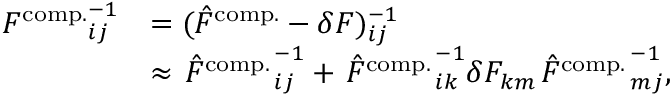
\begin{array} { r l } { { F ^ { \mathrm { c o m p . } } } _ { i j } ^ { - 1 } } & { = ( \hat { F } ^ { \mathrm { c o m p . } } - \delta F ) _ { i j } ^ { - 1 } } \\ & { \approx { \left. \hat { F } ^ { \mathrm { c o m p . } } \right. } _ { i j } ^ { - 1 } + { \left. \hat { F } ^ { \mathrm { c o m p . } } \right. } _ { i k } ^ { - 1 } \delta F _ { k m } { \left. \hat { F } ^ { \mathrm { c o m p . } } \right. } _ { m j } ^ { - 1 } , } \end{array}